Report on the working of the Ranchi Indian Mental Hospital, Kanke, in Bihar and Orissa - 1930-1940
Year: 1930
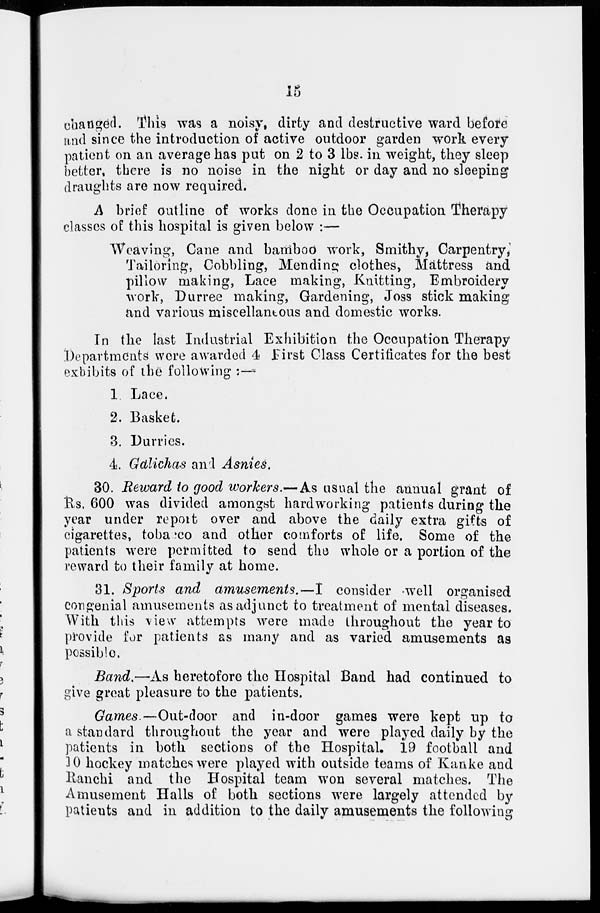
15
changed. This was a noisy, dirty and destructive ward before
and since the introduction of active outdoor garden work every
patient on an average has put on 2 to 3 lbs. in weight, they sleep
better, there is no noise in the night or day and no sleeping
draughts are now required.
A brief outline of works done in the Occupation Therapy
classes of this hospital is given below :—
Weaving, Cane and bamboo work, Smithy, Carpentry,
Tailoring, Cobbling, Mending clothes, Mattress and
pillow making, Lace making, Knitting, Embroidery
work, Durree making, Gardening, Joss stick making
and various miscellaneous and domestic works.
In the last Industrial Exhibition the Occupation Therapy
Departments were awarded 4 First Class Certificates for the best
exhibits of the following ;—
1 Lace,
2. Basket.
3. Durries.
4. Galichas and Asnies.
30. Reward to good workers.—As usual the annual grant of
Rs. 600 was divided amongst hardworking patients during the
year under report over and above the daily extra gifts of
cigarettes, tobacco and other comforts of life. Some of the
patients were permitted to send the whole or a portion of the
reward to their family at home.
31. Sports and amusements.—I
consider well organised
congenial amusements as adjunct to treatment of mental diseases.
With this view attempts were made throughout the year to
provide for patients as many and as varied amusements as
possible.
Band.—As heretofore the Hospital Band had continued to
give great pleasure to the patients.
Games.—Out-door
and in-door games were kept up to
a standard throughout the year and were played daily by the
patients in both sections of the Hospital. 19 football and
10 hockey matches were played with outside teams of Kanke and
Ranchi and the Hospital team won several matches. The
Amusement Halls of both sections were largely attended by
patients and in addition to the daily amusements the following